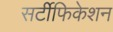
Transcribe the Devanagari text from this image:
सर्टीफिकेशन